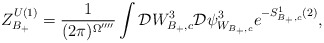
\begin{align*}Z_{B_+}^{U(1)}=\frac{1}{(2\pi)^{\Omega^{\prime\prime\prime\prime}}}\int{\cal D}W^3_{B_+,c}{\cal D}\psi_{W_{B_+,c}}^3e^{-S^1_{B_+,c}(2)},\end{align*}